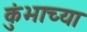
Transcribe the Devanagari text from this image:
कुंभाच्या